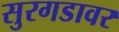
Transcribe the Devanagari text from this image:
सुरगडावर